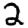
Digit: 2